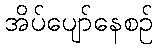
အိပ်ပျော်နေစဉ်